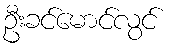
ဦးခင်မောင်လွင်